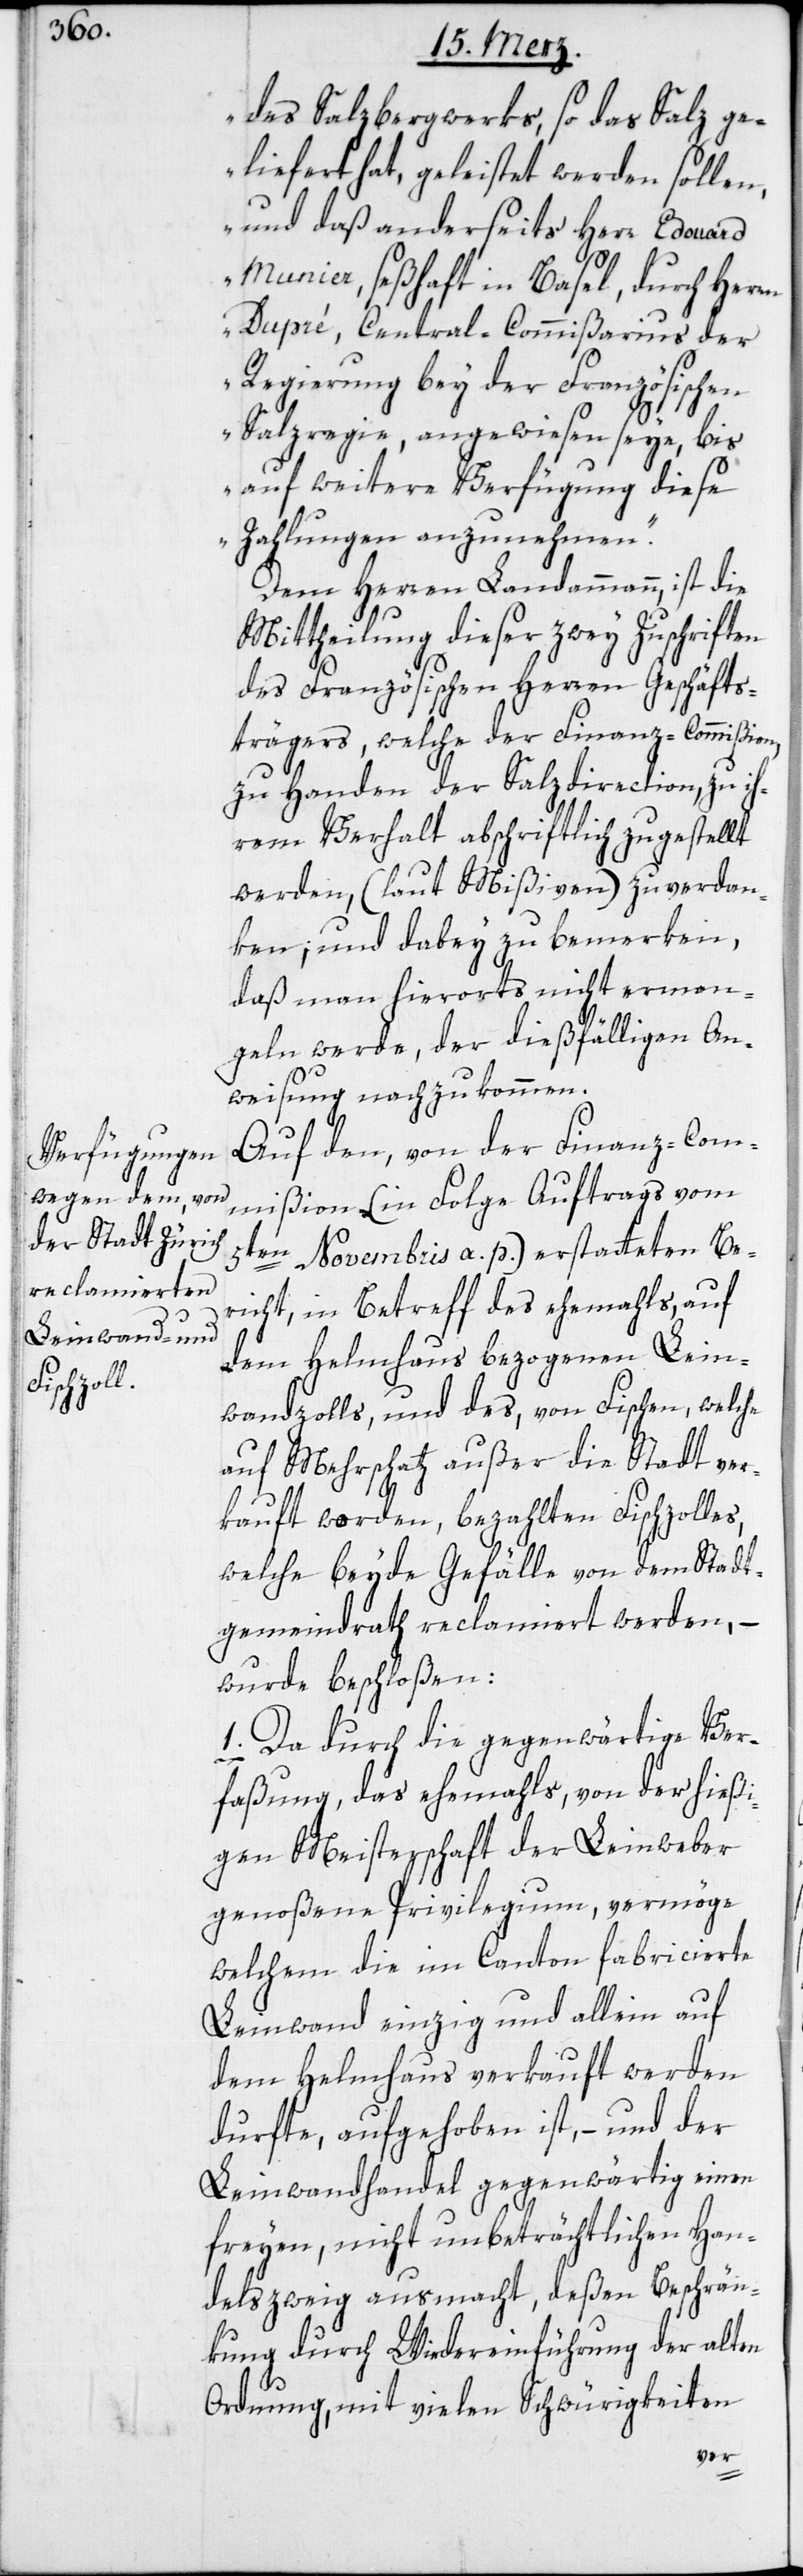
des Salzbergwerks, so das Salz ge¬
liefert hat, geleistet werden sollen,
und daß anderseits Herr Edouard
Munier, seßhaft in Basel, durch Herr¬
en Dupré, Central-Commißarius der
Regierung bey der Französischen
Salzregie, angewiesen seye, bis
auf weitere Verfügung diese
Zahlungen anzunehmen“.
Dem Herren Landammann, ist die
Mittheilung dieser zwey Zuschriften
des Französischen Herren Geschäfts¬
trägers, welche der Finanz-Commißion
zu Handen der Salzdirection, zu ih¬
rem Verhalt abschriftlich zugestellt
werden (laut Mißiven) zu verdan¬
ken, und dabey zu bemerken,
daß man hierorts nicht erman¬
geln werde, der dießfälligen An¬
weisung nachzukommen.
Auf den, von der Finanz-Com¬
mißion (in Folge Auftrags vom
5ten Novembris a. p.) erstatteten Be¬
richt, in Betreff des ehemahls, auf
dem Helmhaus bezogenen Lein¬
wandzolls, und des, von Fischen, welche
auf Mehrschatz außer die Stadt ver¬
kauft worden, bezahlten Fischzolles,
welche beyde Gefälle von dem Stadt¬
gemeindrath reclamiert werden, –
wurde beschloßen:
1. Da durch die gegenwärtige Ver¬
faßung, das ehemahls, von der hießi¬
gen Meisterschaft der Leinweber
genoßene Privilegium, vermöge
welchem die im Canton fabricierte
Leinwand einzig und allein auf
dem Helmhaus verkauft werden
durfte, aufgehoben ist, – und der
Leinwandhandel gegenwärtig einen
freyen, nicht unbeträchtlichen Han¬
delszweyg ausmacht, deßen Beschrän¬
kung durch Wiedereinführung der alten
Ordnung, mit vielen Schwürigkeiten